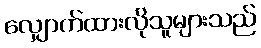
လျှောက်ထားလိုသူများသည်